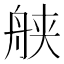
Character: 𱼹